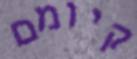
קיומם